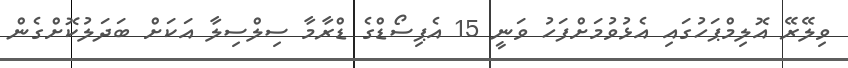
ވިލޭރޭ އޮލިމްޕަހުގައި އެޅުވުމަށްފަހު ވަނީ 15 އެޕިސޯޑްގެ ޑްރާމާ ސިލްސިލާ އަކަށް ބަދަލުކޮށްގެން